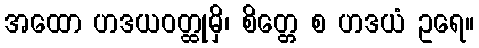
အထော ဟဒယဝတ္ထုမှိ၊ စိတ္တေ စ ဟဒယံ ဥရေ။